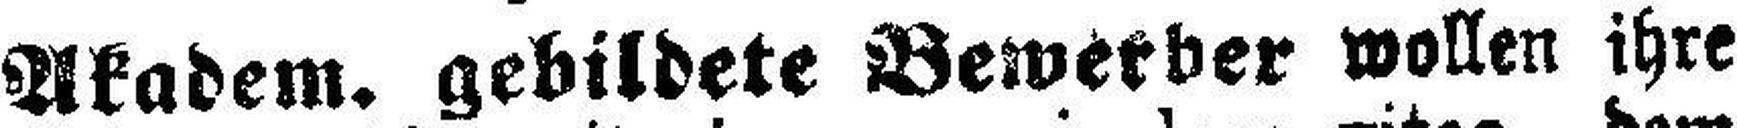
Akadem. gebildete Bewerber wollen ihre